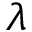
\lambda